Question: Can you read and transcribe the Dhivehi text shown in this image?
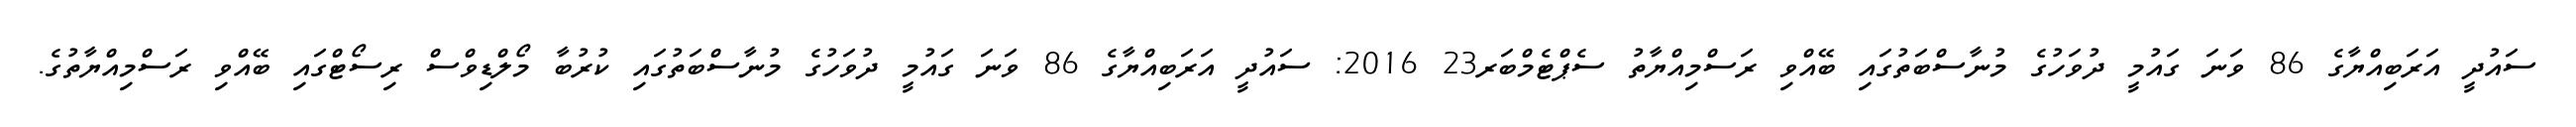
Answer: ސައުދީ އަރަބިއްޔާގެ 86 ވަނަ ގައުމީ ދުވަހުގެ މުނާސްބަތުގައި ބޭއްވި ރަސްމިއްޔާތު ސެޕްޓެމްބަރ23 2016: ސައުދީ އަރަބިއްޔާގެ 86 ވަނަ ގައުމީ ދުވަހުގެ މުނާސްބަތުގައި ކުރުބާ މޯލްޑިވްސް ރިސޯޓްގައި ބޭއްވި ރަސްމިއްޔާތުގެ.